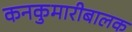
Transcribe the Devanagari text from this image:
कनकुमारीबालक